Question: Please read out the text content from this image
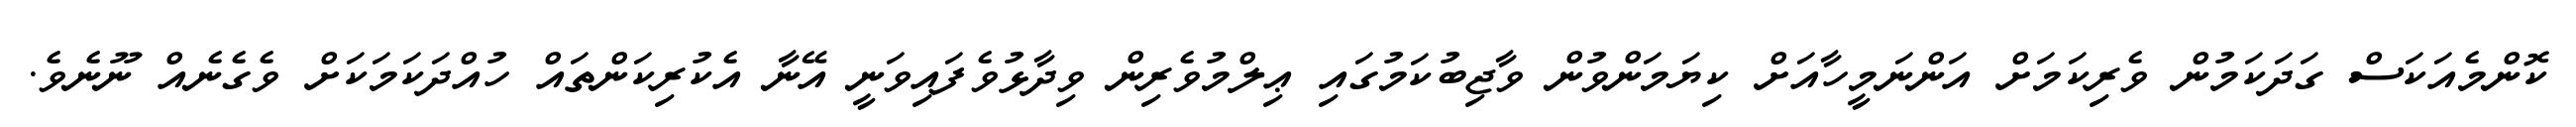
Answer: ކޮންމެއަކަސް ގަދަކަމުން ވެރިކަމަށް އަންނަމީހާއަށް ކިޔަމަންވުން ވާޖިބުކަމުގައި ޢިލްމުވެރިން ވިދާޅުވެފައިވަނީ އޭނާ އެކުރިކަންތައް ހުއްދަކަމަކަށް ވެގެނެއް ނޫނެވެ.